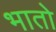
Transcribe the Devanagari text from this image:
भातो